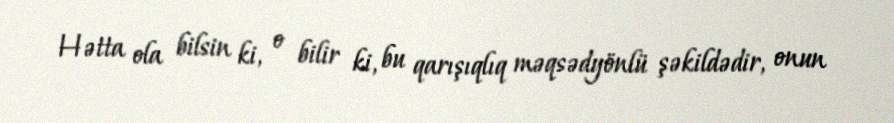
Hətta ola bilsin ki, o bilir ki, bu qarışıqlıq məqsədyönlü şəkildədir, onun